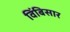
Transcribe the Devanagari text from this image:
विंबिसार